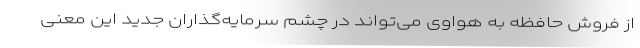
از فروش حافظه به هواوی می‌تواند در چشم سرمایه‌گذاران جدید این معنی